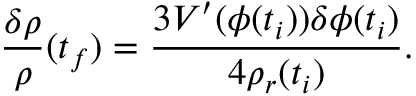
\frac { \delta \rho } { \rho } ( t _ { f } ) = \frac { 3 V ^ { \prime } ( \phi ( t _ { i } ) ) \delta \phi ( t _ { i } ) } { 4 \rho _ { r } ( t _ { i } ) } .